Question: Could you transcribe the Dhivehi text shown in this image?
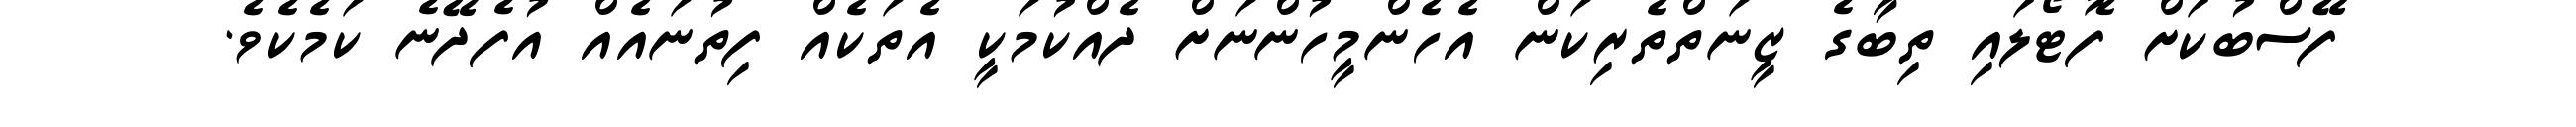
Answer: ފޭސްބުކަށް ފޮޓޯލައި ތިބާގެ ޒީނަތްތެރިކަން އެހެންމީހުންނަށް ދެއްކުމަކީ އެތަކެއް ފިތުނައެއް އުފެދޭނެ ކަމެކެވެ.